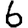
Digit: 6